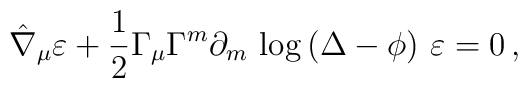
\hat\nabla_{\mu} \varepsilon+ \frac12 {\Gamma_{\mu}}\Gamma^m \partial_{m} \,\log \left(\Delta -\phi\right)\,\varepsilon = 0\,,